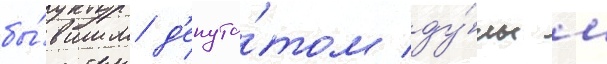
бы́вшим д'епута́том ду́мы м